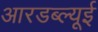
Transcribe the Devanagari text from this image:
आरडब्ल्यूई